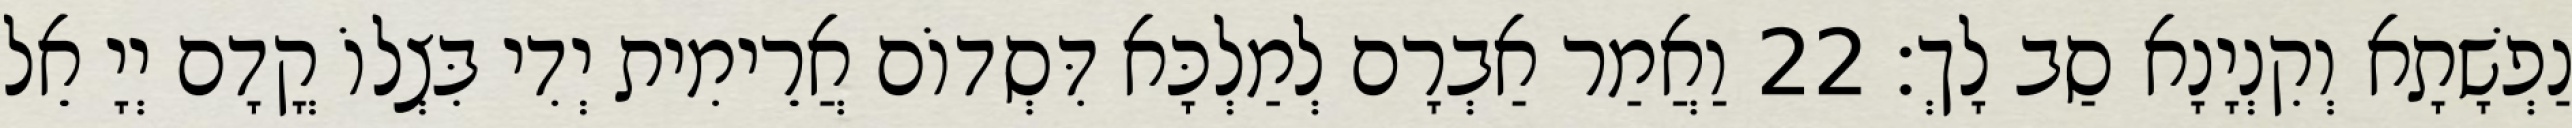
נַפְשָׁתָא וְקִנְיָנָא סַב לָךְ׃ 22 וַאֲמַר אַבְרָם לְמַלְכָּא דִּסְדוֹם אֲרֵימִית יְדִי בִּצְלוֹ קֳדָם יְיָ אֵל